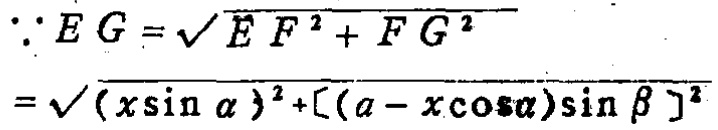
\[\begin{align*}
\because EG&=\sqrt{EF^{2}+FG^{2}}\\
&=\sqrt{(x\sin\alpha)^{2}+[(a - x\cos\alpha)\sin\beta]^{2}}
\end{align*}\]